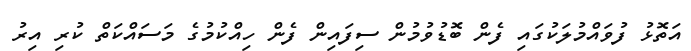
އަތޮޅު ފުވައްމުލަކުގައި ފެން ބޮޑުވުމުން ސިފައިން ފެން ހިއްކުމުގެ މަސައްކަތް ކުރި އިރު